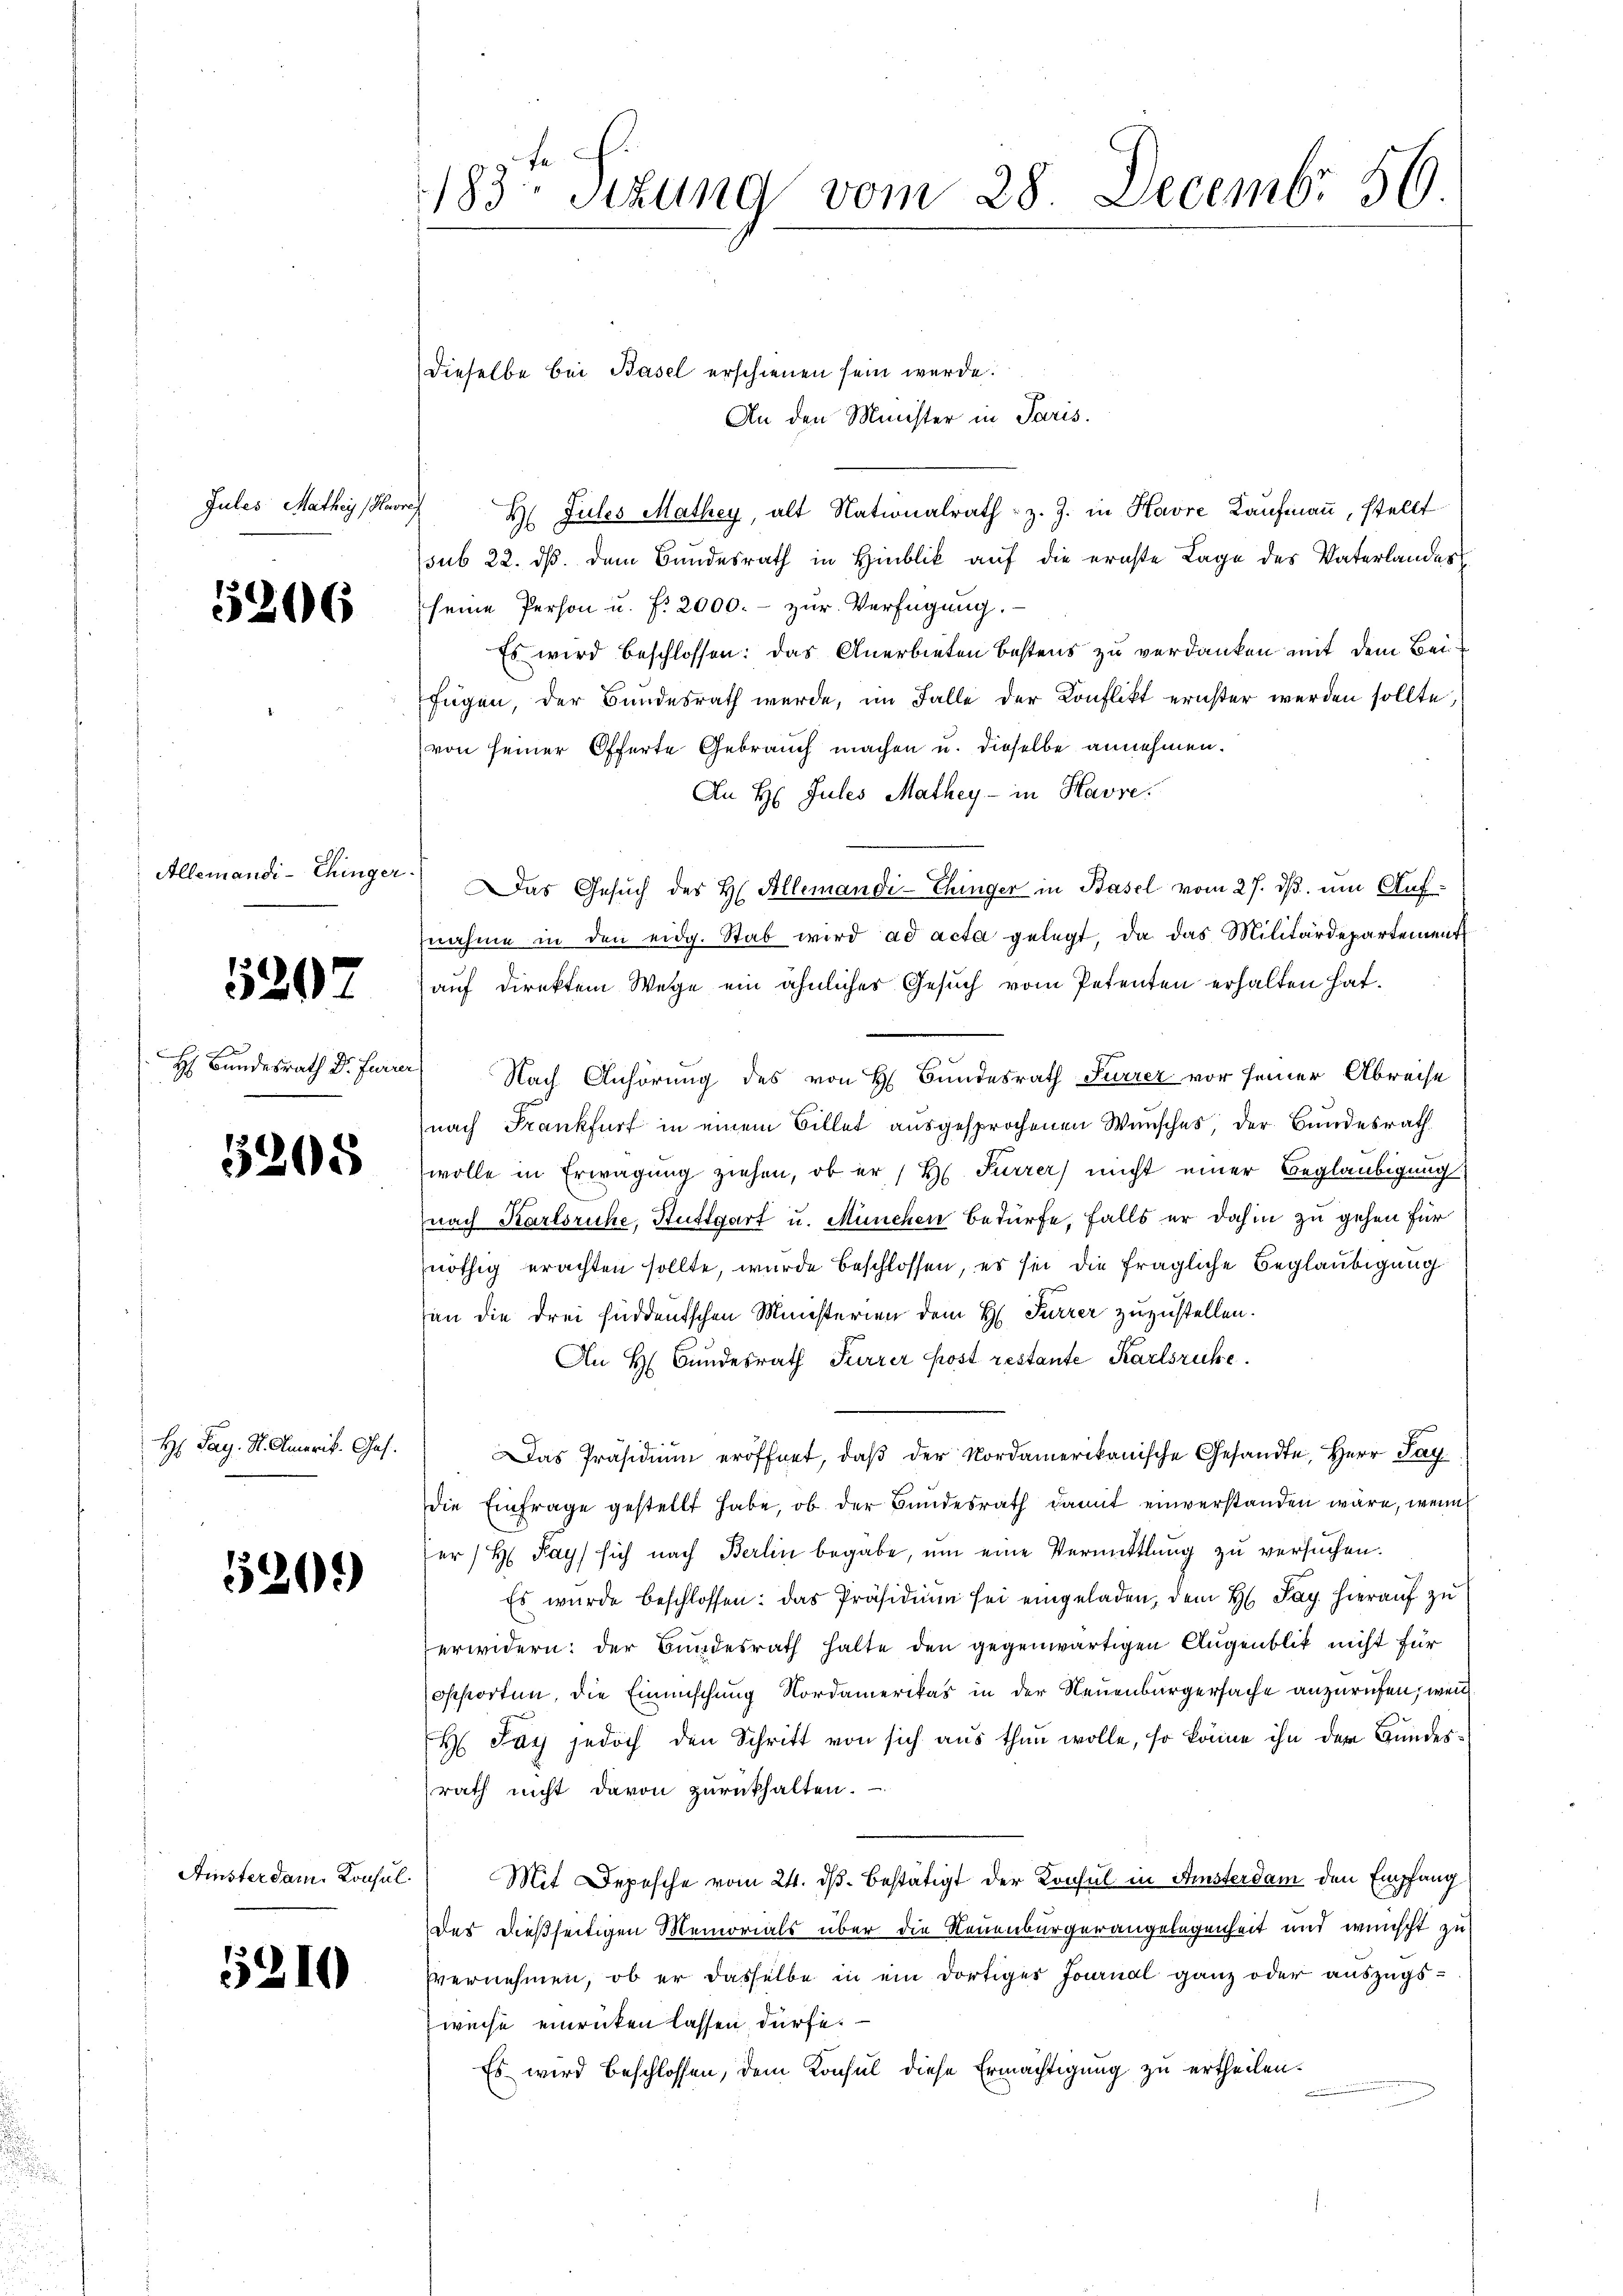
Jules Mathey (Havre

Allemandi-Chinger.

H Bundesrath Dr. Furrer

5205

H. Pag. St. Amerik. Ges.

1309)

Ainsterdam. Konsul

183te Sitzung vom 28. Decembr. 56.

An den Minister in Paris.
H Jules Mathey, alt Nationalrath z. Z. in Havre Kaufmann, stellt
sub 22. ds. dem Bundesrath in Hinblik auf die ernste Lage des Vaterlandes
§ 263 (seine Person u. f. 2000.- zŭr Verfügŭng.
Es wird beschlossen: das Anerbieten bestens zu verdanken mit dem Bei
fügen, der Bundesrath werde, im Falle der Konflikt ernster werden sollte,
von seiner Offerte Gebrauch machen u. dieselbe annehmen.
An H. Jules Mathey - in Havre.
Das Gesŭch des H. Allemandi-Thinger in Basel vom 27. dβ. um Aufnahme in den eidg. Stab wird ad acta gelegt, da das Militärdepartement
27 auf direktem Wege ein ähnlicher Gesuch vom Petenten erhalten hat.
Nach Anhörung des von H. Bundesrath Furrez vor seiner Abreise
(nach Frankfurt in einem Billet ausgesprochenen Wunsches, der Bundesrath
wolle in Erwägung ziehen, ob er / H. Furrer nicht einer Beglaubigung
nach Karlsruhe, Stuttgart u. München bedürfe, falls er dahin zu gehen für
nöthig erachten sollte, wurde beschlossen, es sie die fragliche Beglaubigung
an die drei füddeutschen Ministerien dem H. Furrer zuzustellen.
An H. Bundesrath Furrer Post restante Karlsruhe.
Das Präsidium eröffnet, daß der Nordamerikanische Gesandte, Herr Pay
die Einfrage gestellt habe, ob der Bundesrath damit einverstanden wäre, wenn
er/H Pays sich nach Berlin begabe, um eine Vermittlung zu versuchen.
Es wurde beschlossen: das Präsidium sei eingeladen, dem H. Pag. Hierauf zu
erwidern: der Bundesrath halte den gegenwärtigen Augenblik nicht für
oshorten, die Einmischung Nordamerikas in der Neuenburgersache anzurufen, wenn
H Tay jedoch den Schritt von sich aus thun wolle, so könne ihn der Bundesrath nicht davon zurückhalten.
Mit Depesche vom 24. dβ bestätigt der Konsul in Amsterdam den Empfang
des dießseitigen Memorials über die Neuenburgerangelegenheit und wünscht zu
3 200 vernehmen, ob er dasselbe in ein dortiges Journal ganz oder auszugsweise einrücken lassen dürfe. —
Es wird beschlossen, dem Konsul diese Ermächtigung zu ertheilen.

dieselbe bei Basel erschienen sein werde.